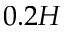
0 . 2 H